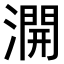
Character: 𣾺